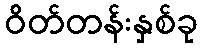
ဝိတ်တန်းနှစ်ခု